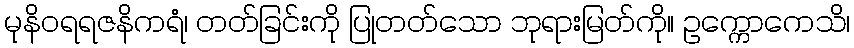
မုနိဝရရဇနိကရံ၊ တတ်ခြင်းကို ပြုတတ်သော ဘုရားမြတ်ကို။ ဥက္ကောကေသိ၊